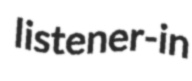
listener-in